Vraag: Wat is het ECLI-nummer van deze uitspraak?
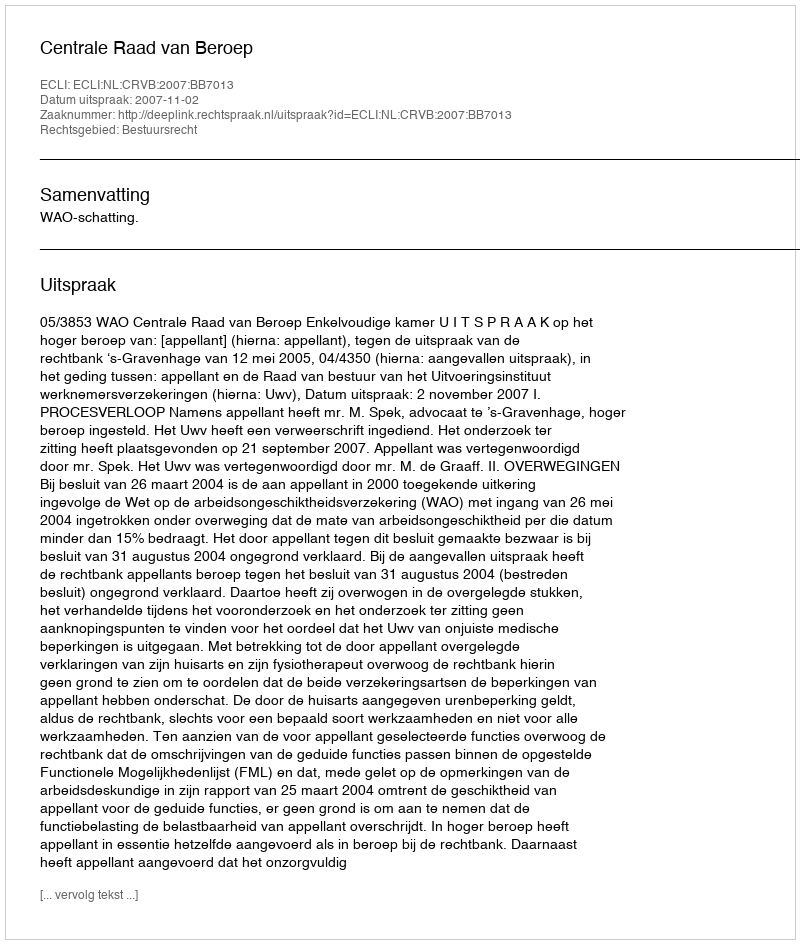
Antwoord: ECLI:NL:CRVB:2007:BB7013